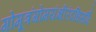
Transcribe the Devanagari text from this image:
गोमूत्रंगोमयंक्षीरंदधिसर्पिः